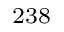
^ { 2 3 8 }